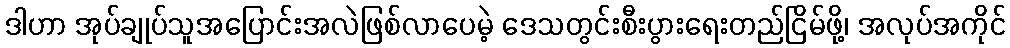
ဒါဟာ အုပ်ချုပ်သူအပြောင်းအလဲဖြစ်လာပေမဲ့ ဒေသတွင်းစီးပွားရေးတည်ငြိမ်ဖို့၊ အလုပ်အကိုင်